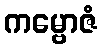
ကမ္ဗောဇံ